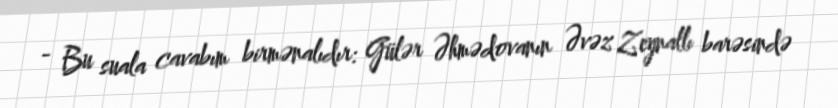
- Bu suala cavabım birmənalıdır: Gülər Əhmədovanın Əvəz Zeynallı barəsində